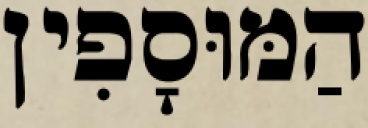
הַמּוּסָפִין